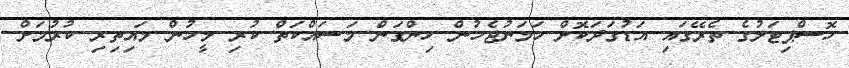
ހޮސްޕިޓަލުގެ ތެރޭގައި އަޑުގަދަކޮށް ހަމަނުޖެހުން ހިންގަން މަސައްކަތް ކުރި މީހުން މައިތިރި ކުރުމަށް